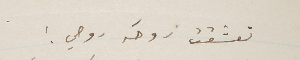
تعشقت روحَه روحي!